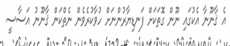
އެ ޤާނޫނާ އެކުގައި ނޫން ގޮތަކަށް ފަނޑިޔާރުންނަށް ހުވާކުރެވެން ނެތްކަން ޤާނޫނު އަސާސީ